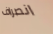
انصراف